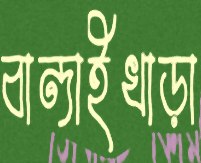
বান্দাইখাড়া